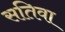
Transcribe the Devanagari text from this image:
सतिवा